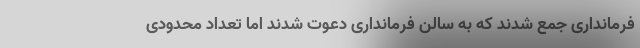
فرمانداری جمع شدند که به سالن فرمانداری دعوت شدند اما تعداد محدودی